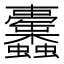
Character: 𧖚